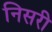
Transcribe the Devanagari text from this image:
निसरी